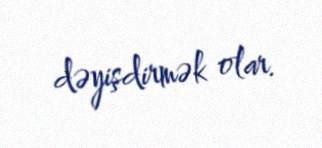
dəyişdirmək olar.